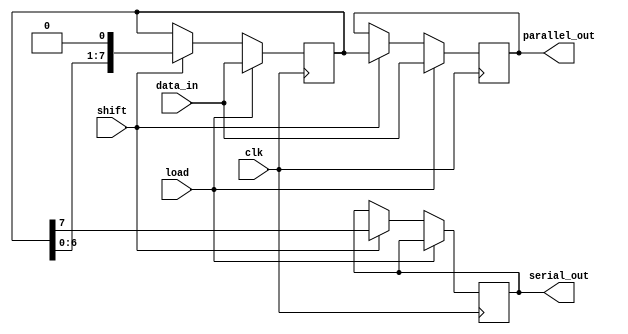
module dynamic_piso_register #(
    parameter WIDTH = 8  // Define the width of the register
)(
    input wire clk,          // Clock signal
    input wire load,         // Load signal
    input wire shift,        // Shift signal
    input wire [WIDTH-1:0] data_in, // Parallel data input
    output reg serial_out,   // Serial output
    output reg [WIDTH-1:0] parallel_out // For monitoring purposes
);

    reg [WIDTH-1:0] shift_reg; // Internal shift register

    always @(posedge clk) begin
        if (load) begin
            // Load data into the shift register
            shift_reg <= data_in;
        end else if (shift) begin
            // Shift data out serially
            serial_out <= shift_reg[WIDTH-1]; // Output the MSB
            shift_reg <= {shift_reg[WIDTH-2:0], 1'b0}; // Shift left
        end
    end

    // Optional: output the parallel contents for monitoring
    always @(posedge clk) begin
        if (load) begin
            parallel_out <= data_in;
        end else if (shift) begin
            parallel_out <= shift_reg;
        end
    end

endmodule